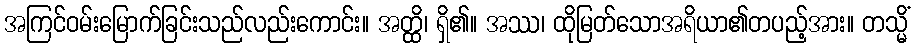
အကြင်ဝမ်းမြောက်ခြင်းသည်လည်းကောင်း။ အတ္ထိ၊ ရှိ၏။ အဿ၊ ထိုမြတ်သောအရိယာ၏တပည့်အား။ တသ္မိံ